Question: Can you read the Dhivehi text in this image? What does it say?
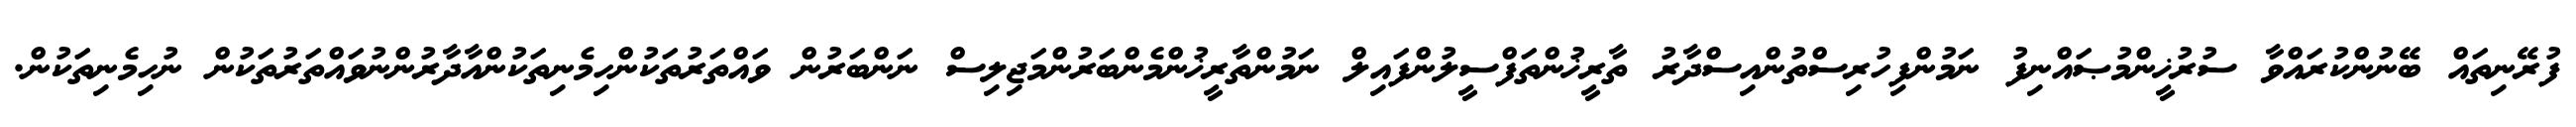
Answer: ފުރޭނިތައް ބޭނުންކުރައްވާ ސުރުޚީންމުޞައްނިފު ނަމުންފިހުރިސްތުންއިސްދާރު ތާރީޚުންތަފްސީލުންފައިލް ނަމުންތާރީޚުންމެންބަރުންމަޖިލިސް ނަންބަރުން ވައްތަރުތަކުންހިމެނިތަކުންއާދާރުންނުވައްތަރުތަކުން ނުހިމެނިތަކުން.